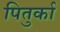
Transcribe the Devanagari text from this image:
पितुर्का